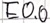
Text: E0.0